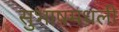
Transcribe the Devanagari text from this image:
सुभाषमधली